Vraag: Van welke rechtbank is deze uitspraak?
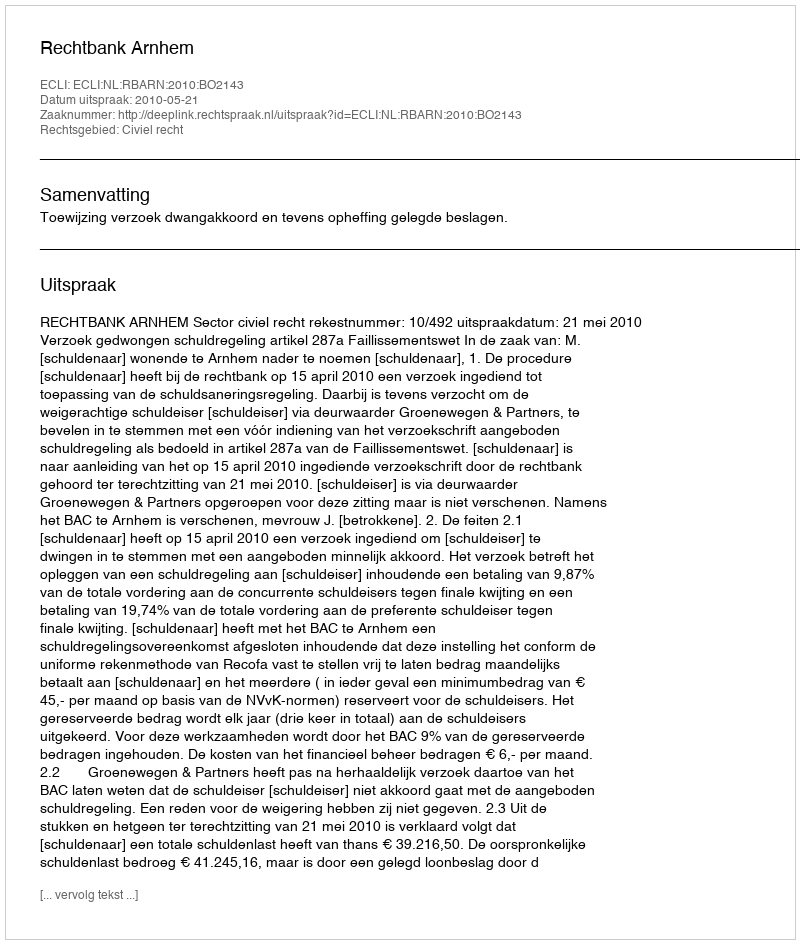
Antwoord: Rechtbank Arnhem